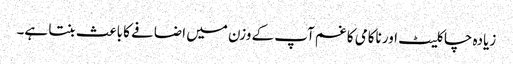
زیادہ چاکلیٹ اور ناکامی کا غم آپ کے وزن میں اضافے کا باعث بنتا ہے۔